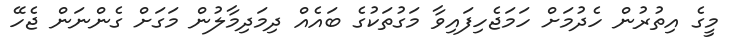
މީގެ އިތުރުން ހެދުމަށް ހަމަޖެހިފައިވާ މަގުތަކުގެ ބައެއް ދިމަދިމާލުން މަގަށް ގެންނަން ޖެހޭ